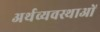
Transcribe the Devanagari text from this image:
अर्थव्यवस्थाआें